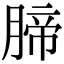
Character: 腣